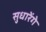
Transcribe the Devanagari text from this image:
सुधारेंगे